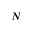
N